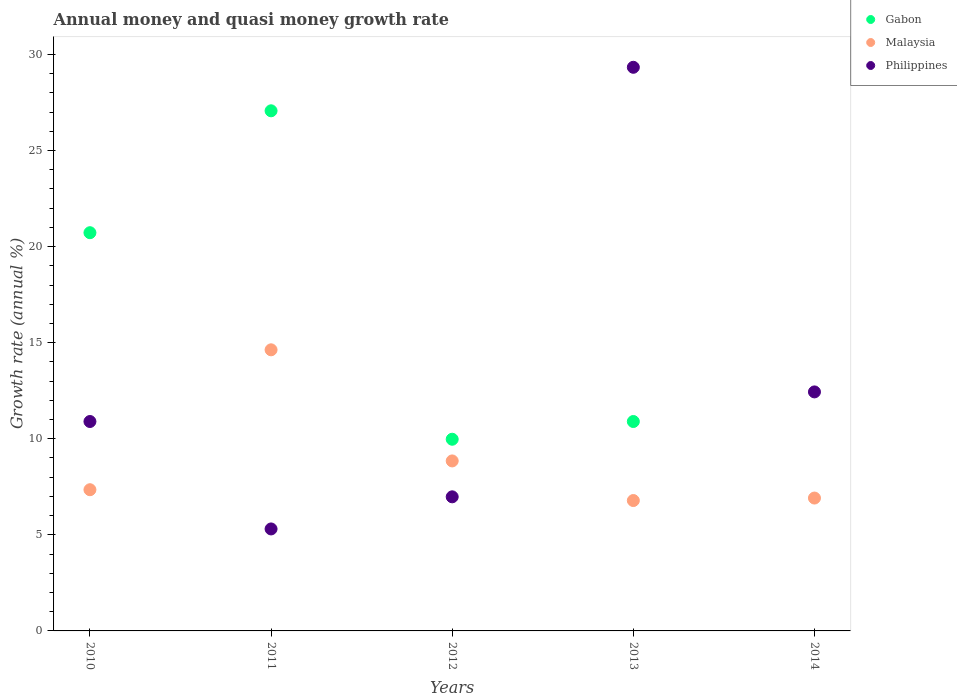
| Years | Gabon | Malaysia | Philippines |
 | --- | --- | --- | --- |
 | 2010 | 20.7 | 7.35 | 10.9 |
 | 2011 | 27.1 | 14.6 | 5.31 |
 | 2012 | 9.97 | 8.85 | 6.98 |
 | 2013 | 10.9 | 6.78 | 29.3 |
 | 2014 | -2.64 | 6.91 | 12.4 |